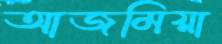
আজমিয়া